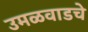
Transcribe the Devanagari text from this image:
उमळवाडचे